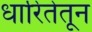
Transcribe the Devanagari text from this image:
धारितेतून